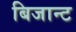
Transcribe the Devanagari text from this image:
बिजान्ट